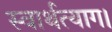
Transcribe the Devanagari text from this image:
स्वार्थत्याग।